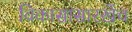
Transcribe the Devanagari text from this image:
विकासासारखेंच